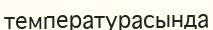
температурасында